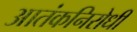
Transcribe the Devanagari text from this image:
आतंकनिरोधी